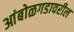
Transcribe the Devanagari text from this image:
आंबोळगडावरील